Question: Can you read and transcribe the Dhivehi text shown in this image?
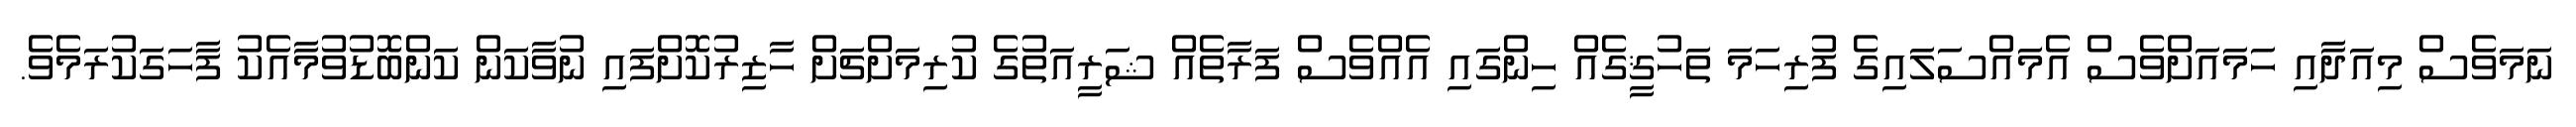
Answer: ނަމަވެސް މިއަދާއި ހަމައަށްވެސް އެމައްސަލައިގެ ފުރިހަމަ ތަހުޤީގެއް ހިންގައި އެއްވެސް ފަރާތެއް ޝަރީއަތުގެ ކުރިމަށްޗަށް ހާޒިރުކޮށްފައި ނުވާކަން ކަންބޮޑުވުމާއެކު ފާހަގަކުރަމެވެ.